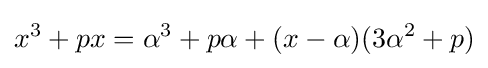
x^{3}+px=\alpha ^{3}+p\alpha +(x-\alpha )(3\alpha ^{2}+p)